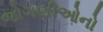
જોગણીઓનો